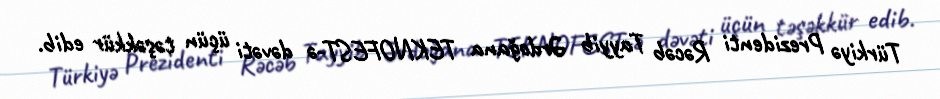
Türkiyə Prezidenti Rəcəb Tayyib Ərdoğana TEKNOFEST-ə dəvəti üçün təşəkkür edib.